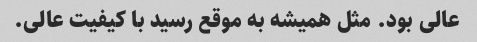
عالی بود. مثل همیشه به موقع رسید با کیفیت عالی.